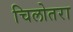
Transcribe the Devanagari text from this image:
चिलोतरा